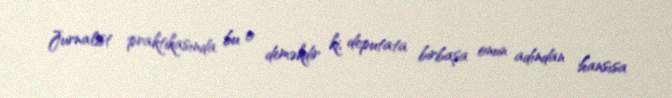
Jurnalist praktikasında bu o deməkdir ki, deputata birbaşa onun adından hansısa